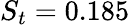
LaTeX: S_{t}=0.185